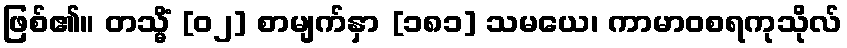
ဖြစ်၏။ တသ္မိံ [၀၂] စာမျက်နှာ [၁၈၁] သမယေ၊ ကာမာဝစရကုသိုလ်